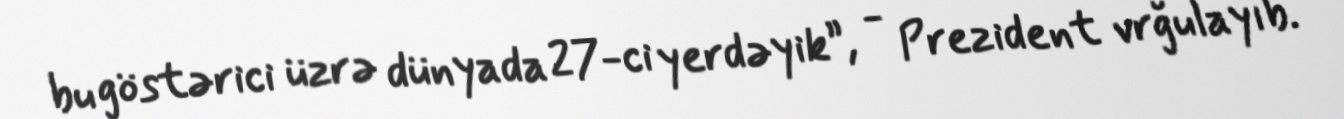
bu göstərici üzrə dünyada 27-ci yerdəyik”, - Prezident vrğulayıb.